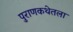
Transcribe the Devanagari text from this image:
पुराणकथेतला